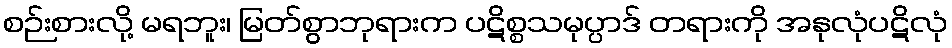
စဉ်းစားလို့ မရဘူး၊ မြတ်စွာဘုရားက ပဋိစ္စသမုပ္ပာဒ် တရားကို အနုလုံပဋိလုံ